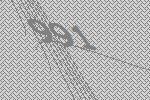
991